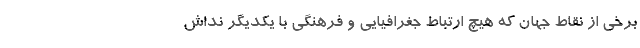
برخی از نقاط جهان که هیچ ارتباط جغرافیایی و فرهنگی با یکدیگر نداش